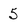
Character: 5